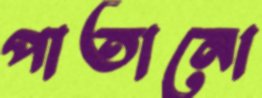
পাতানো